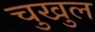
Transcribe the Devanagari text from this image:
चुखुल